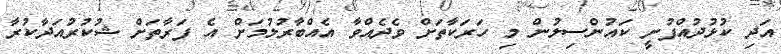
އަދި ކުޅުދުއްފުށީ ކައުންސިލުން މި ހަރަކާތަށް ވެދެއްވާ އެއްބާރުލުމަށް އެ ފަރާތަށް ޝުކުރުއަދާކުރާ